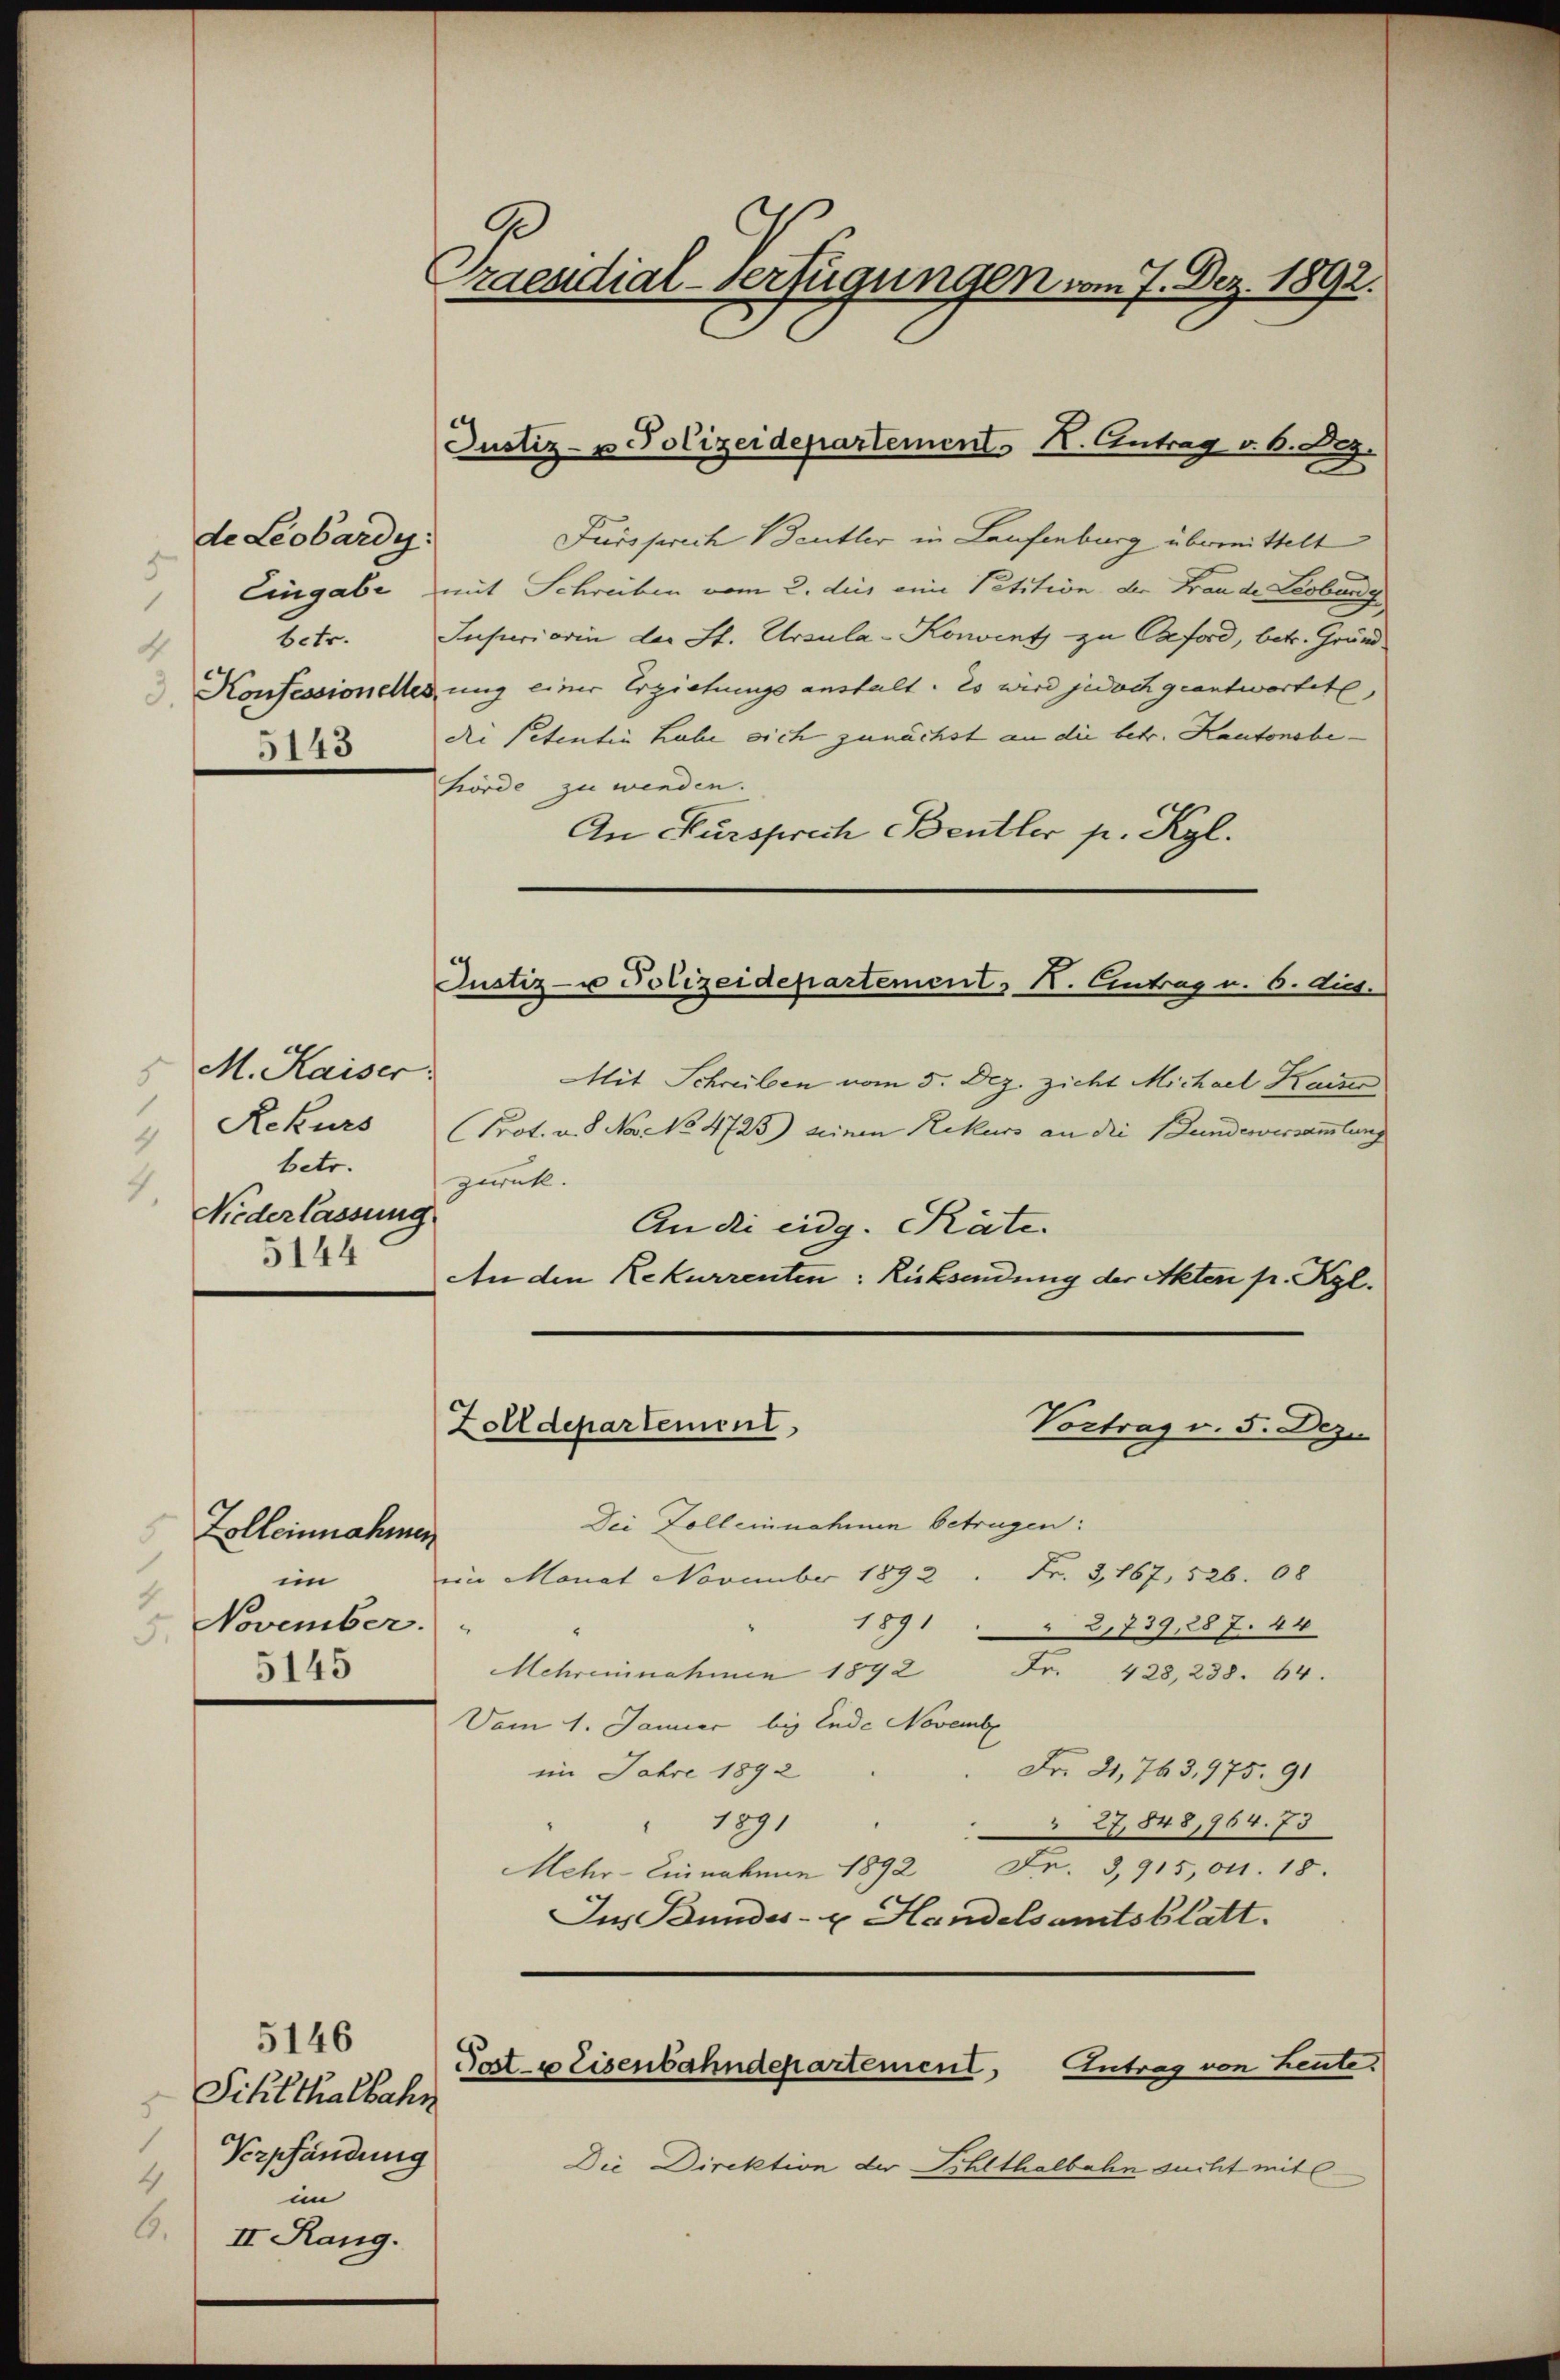
de Leobardy
Eingabe
betr.
4
 Konsessionelles
5143

5 M. Kaiser
Rekurs
betr.
1.
Niederlassung
5144

Zolleinnahmen
3
im
November.
5.
5145

5146
Sihlthalbahr
Verschändung
4
im
O. II Rang.

Praendial-Verfügungen vom 7. Dez. 1892.

Justiz- u Polizeidepartement. Antrag v. 6. Dez.

Fürsprich Benther in Laufenburg übermittelt
mit Schreiben vom 2. des eine Petition der Frau de Leobung
Inferiorin der St. Ursula-Konvent zu Oxford, betr. Grund
ung einer Erziehungs anstalt. Es wird jedoch geantwortete,
die Petentin habe sich zunächst an die betr. Kantonsbehörde zu werden.
An Fürsprech Bentler p. Kgl.
Mit Schreiben vom 5. Dez. zicht Michael Kais
Prot. v. 8. No NNo. 4725) einen Rekurs an die Bundesversammlung
zurück.
An die eidg. Räte.
An den Rekurrenten: Rücksendung der Akten pr. Kgl.
Zolldepartement
Vortrag v. 5. Dez.
Dei Zoll einnahmen betrügen:
Fr. 3, 167, 526. 08
im Monat November 1892
1891
2,739,287. 44
“
Mehrensnahmen 1892 Fr. 423, 238. 64.
Vom 1. Januar bis Ende Novembe
Fr. 21,763,975. 91
im Jahre 1892
1891
27,848,964. 73
Mehr-Einnahmen 1892 Fr. 3,915,01. 18.
Ins Bundes- u. Handelsamtsblatt.
Antrag von heute
Post 4 Eisenbahndepartement
Die Direktion der Sihlthalbahn sucht mit

Justiz- u Polizeidepartement v. N. Eintrag v. 6. Aus